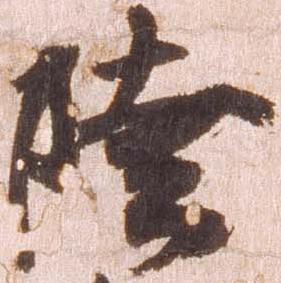
陸